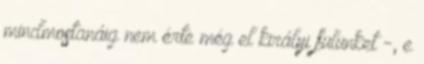
mindmostanáig nem érte még el királyi fülünket -, e